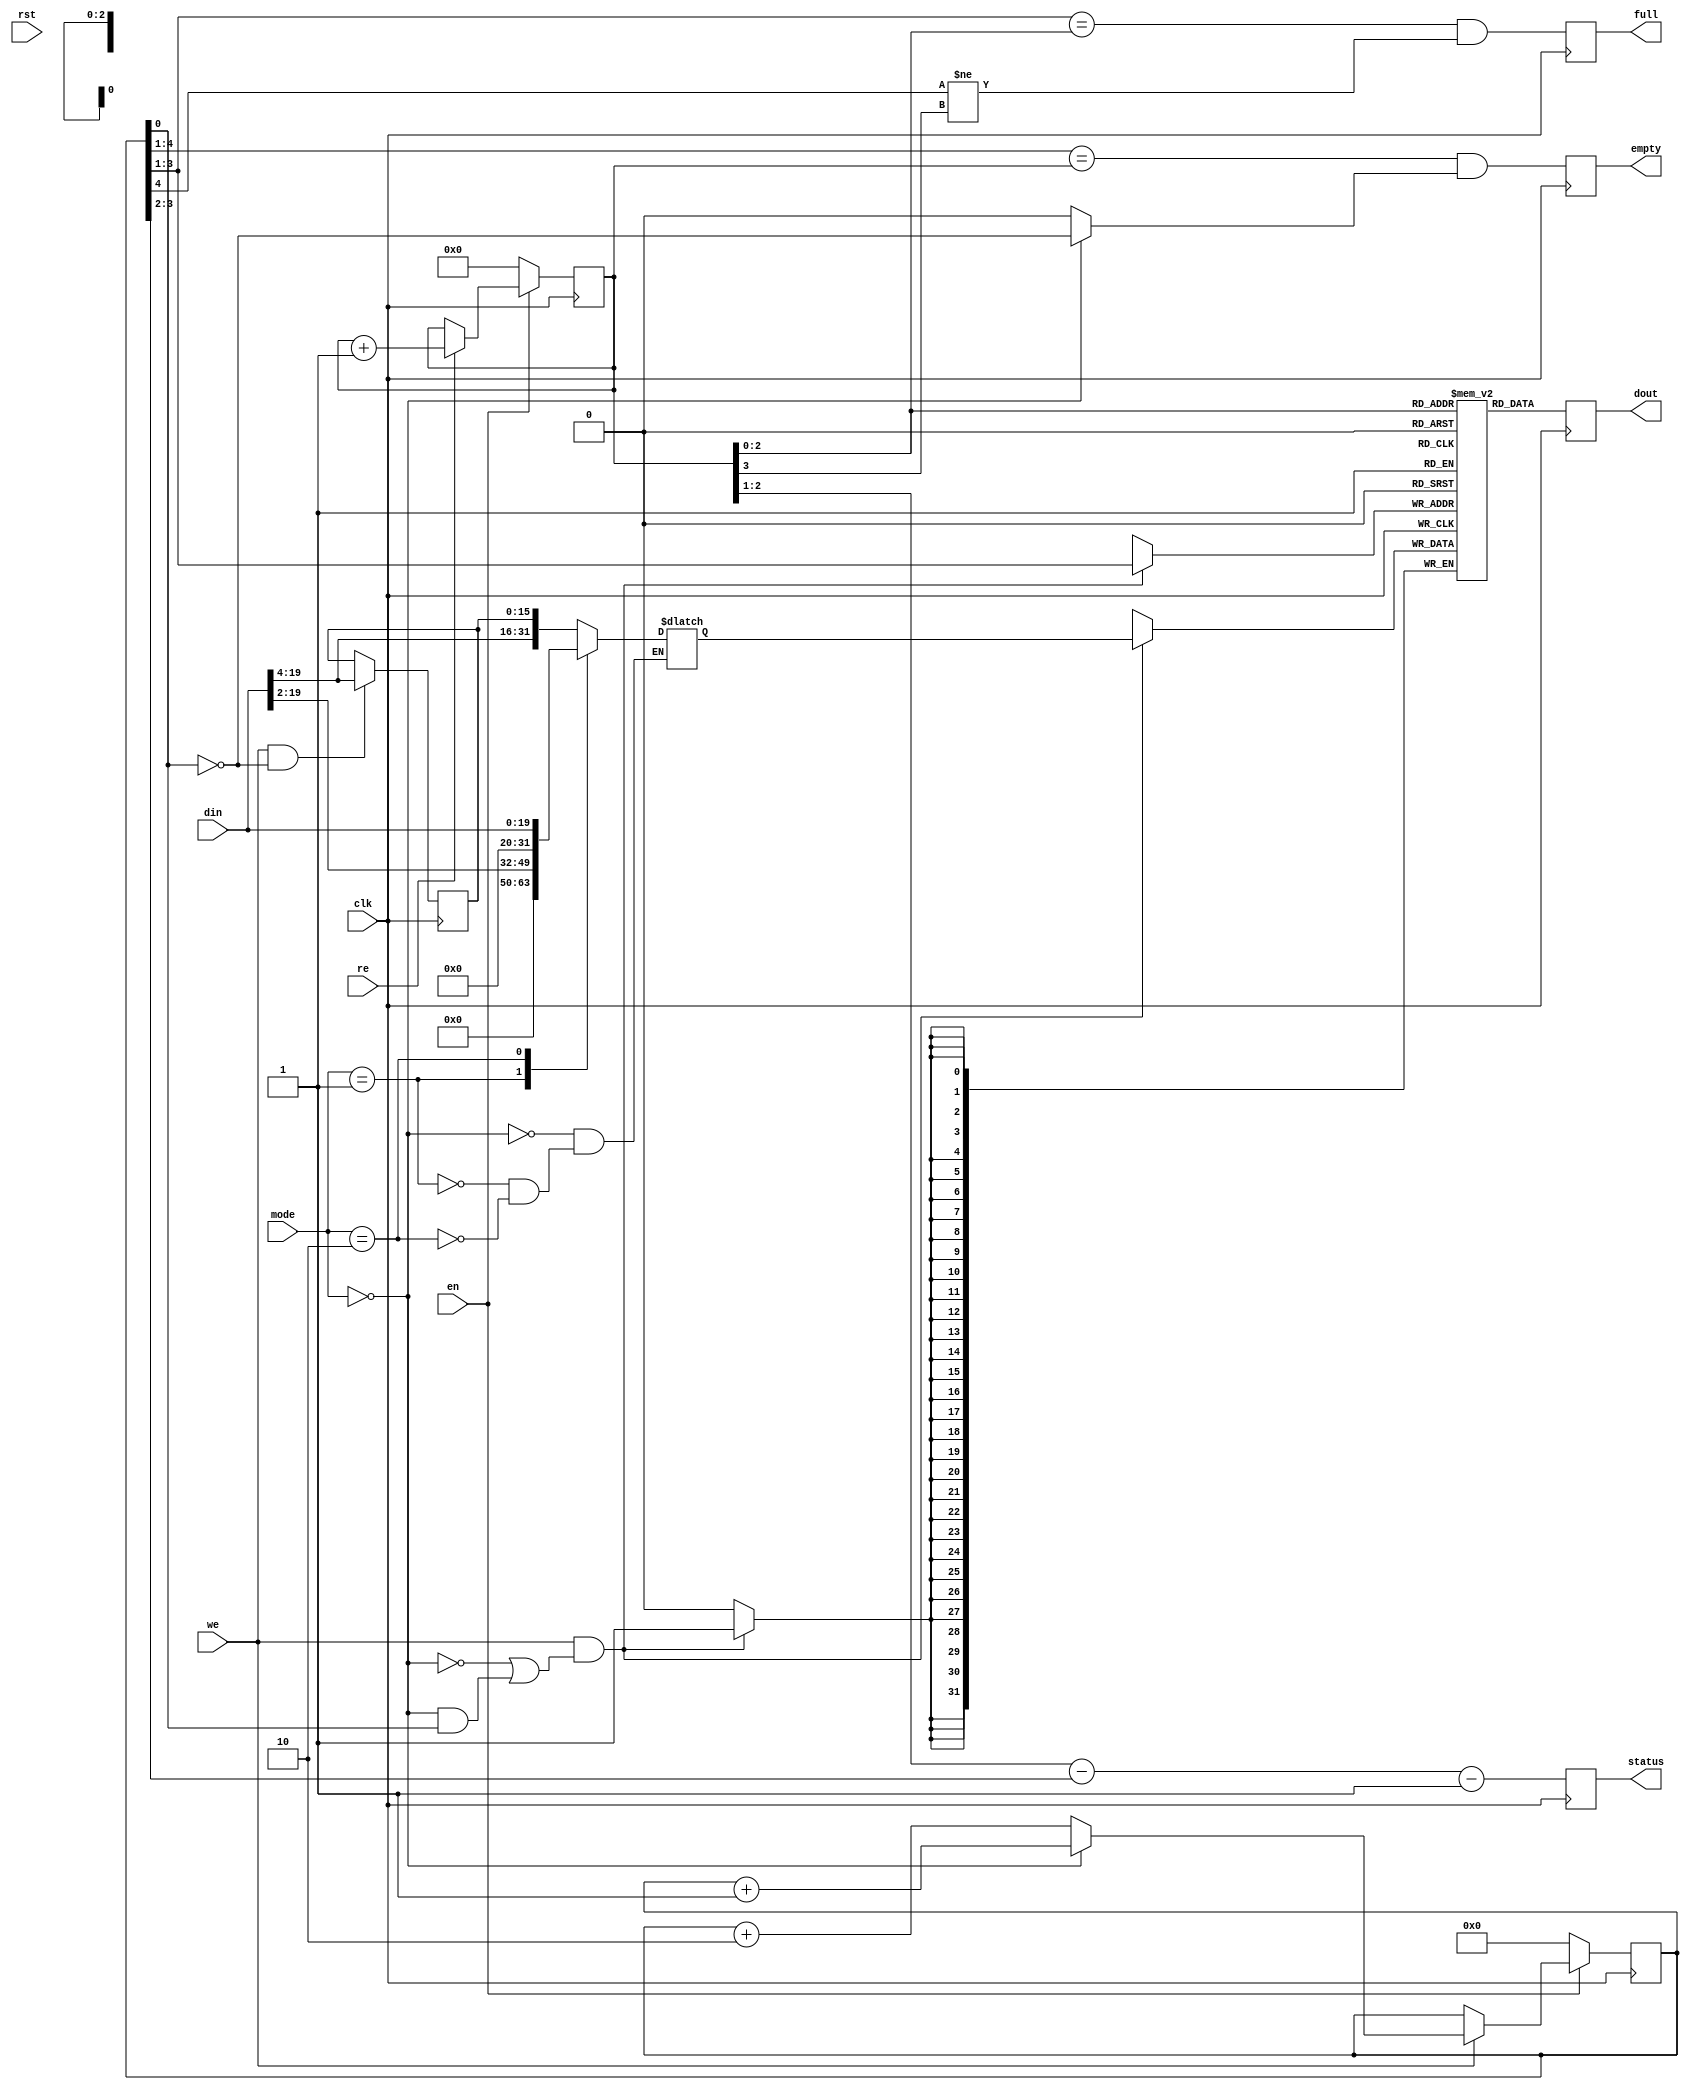
module ac97_in_fifo_1(clk, rst, en, mode, din, we, dout, re, status, full, empty);
input		clk, rst;
input		en;
input	[1:0]	mode;
input	[19:0]	din;
input		we;
output	[31:0]	dout;
input		re;
output	[1:0]	status;
output		full;
output		empty;
reg	[31:0]	mem[0:7];
reg	[31:0]	dout;
reg	[4:0]	wp;
reg	[3:0]	rp;
wire	[4:0]	wp_p1;
reg	[1:0]	status;
reg	[15:0]	din_tmp1;
reg	[31:0]	din_tmp;
wire		m16b;
reg		full, empty;
assign m16b = (mode == 2'h0);	
always @(posedge clk)
	if(!en)		wp <= #1 5'h0;
	else
	if(we)		wp <= #1 wp_p1;
assign wp_p1 = m16b ? (wp + 5'h1) : (wp + 5'h2);
always @(posedge clk)
	if(!en)		rp <= #1 4'h0;
	else
	if(re)		rp <= #1 rp + 4'h1;
always @(posedge clk)
	status <= #1 ((rp[2:1] - wp[3:2]) - 2'h1);
always @(posedge clk)
	empty <= #1 (wp[4:1] == rp[3:0]) & (m16b ? !wp[0] : 1'b0);
always @(posedge clk)
	full  <= #1 (wp[3:1] == rp[2:0]) & (wp[4] != rp[3]);
always @(posedge clk)
	dout <= #1 mem[ rp[2:0] ];
always @(posedge clk)
	if(we & !wp[0])	din_tmp1 <= #1 din[19:4];
always @(mode or din_tmp1 or din)
	case(mode)	
	   2'h0: din_tmp = {din[19:4], din_tmp1};	
	   2'h1: din_tmp = {14'h0, din[19:2]};		
	   2'h2: din_tmp = {11'h0, din[19:0]};		
	endcase
always @(posedge clk)
	if(we & (!m16b | (m16b & wp[0]) ) )	mem[ wp[3:1] ] <= #1 din_tmp;
endmodule